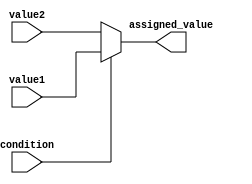
module ConditionalAssignment(
    input condition,
    input value1,
    input value2,
    output assigned_value
);

    reg assigned_value;

    always @ (condition or value1 or value2)
    begin
        if (condition)
            assigned_value = value1;
        else
            assigned_value = value2;
    end

endmodule